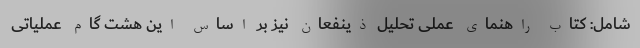
شامل: کتاب راهنمای عملی تحلیل ذینفعان نیز بر اساس این هشت گام عملیاتی